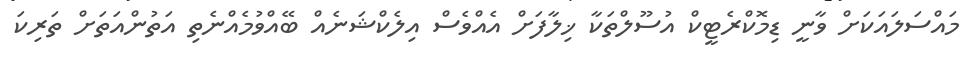
މައްސަލައަކަށް ވާނީ ޑިމޮކްރެޓީކް އުސޫލްތަކާ ޚިލާފަށް އެއްވެސް އިލެކްޝަނެއް ބޭއްވުމެއްނެތި އަތުންއަތަށް ތަރިކަ